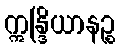
ဣန္ဒြိယာနဉ္စ